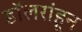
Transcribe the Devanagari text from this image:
डॉलरांहून